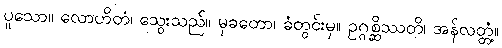
ပူသော။ လောဟိတံ၊ သွေးသည်။ မုခတော၊ ခံတွင်းမှ။ ဥဂ္ဂစ္ဆိဿတိ၊ အန်လတ္တံ့။